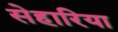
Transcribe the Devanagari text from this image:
सेहारिया